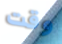
وقت